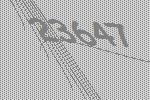
23647